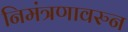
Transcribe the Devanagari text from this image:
निमंत्रणावरुन